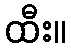
ထီး။